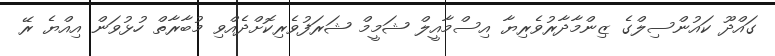
ގައްދޫ ކައުންސިލްގެ ޒިންމާދާރުވެރިޔާ އިސްމާއީލް ޝަމީމް ޝަރަފުވެރިކޮށްދެއްވި މުބާރާތް ހުޅުވަން އިއްޔެ ރޭ